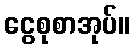
ငွေစုစာအုပ်။